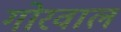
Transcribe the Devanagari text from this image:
गोरवाल